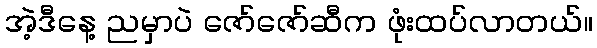
အဲ့ဒီနေ့ ညမှာပဲ ဇော်ဇော်ဆီက ဖုံးထပ်လာတယ်။